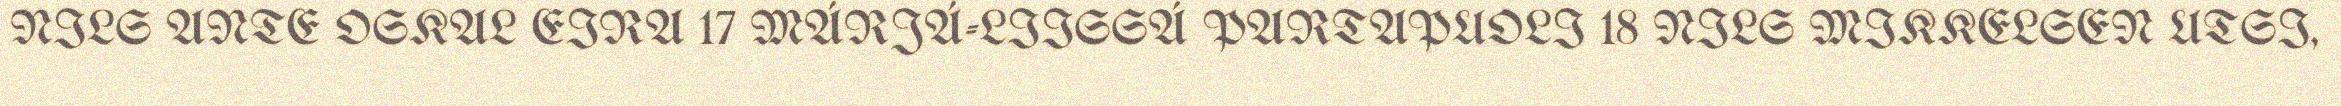
NILS ANTE OSKAL EIRA 17 MÁRJÁ-LIISSÁ PARTAPUOLI 18 NILS MIKKELSEN UTSI,